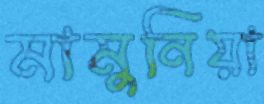
মামুনিয়া